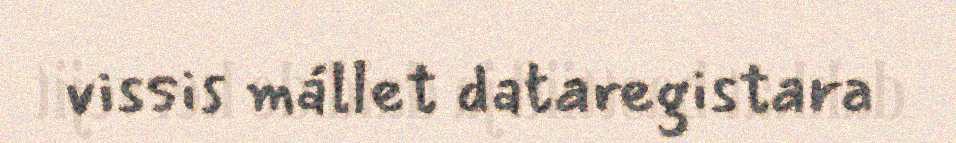
vissis mállet dataregistara